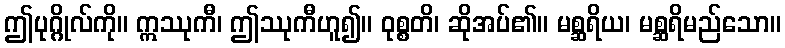
ဤပုဂ္ဂိုလ်ကို။ ဣဿုကီ၊ ဤဿုကီဟူ၍။ ဝုစ္စတိ၊ ဆိုအပ်၏။ မစ္ဆရိယ၊ မစ္ဆရိမည်သော။